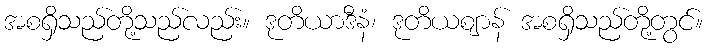
အစရှိသည်တို့သည်လည်း။ ဒုတိယာဒီနံ၊ ဒုတိယဈာန် အစရှိသည်တို့တွင်။